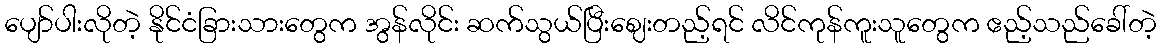
ပျော်ပါးလိုတဲ့ နိုင်ငံခြားသားတွေက အွန်လိုင်း ဆက်သွယ်ပြီးဈေးတည့်ရင် လိင်ကုန်ကူးသူတွေက ဧည့်သည်ခေါ်တဲ့